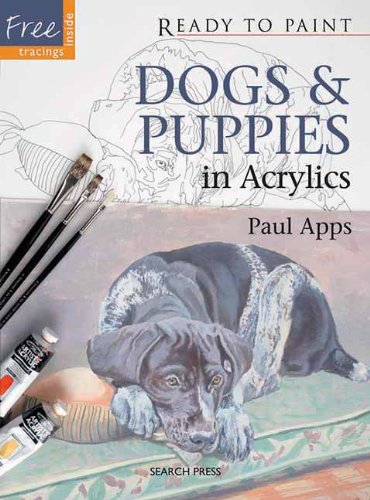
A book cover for Dogs & Puppies in Acrylics (Ready to Paint); Paul Apps; Arts & Photography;